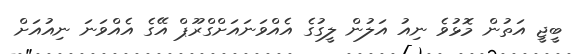
ބީޖީ އަތުން މޮޅުވެ ނިއު އަލުން ލީގުގެ އެއްވަނައަށްގްރޫޕް އޭގެ އެއްވަނަ ނިއުއަށް